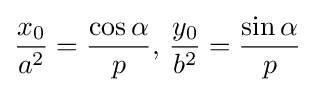
{\frac {x_{0}}{a^{2}}}={\frac {\cos \alpha }{p}},\,{\frac {y_{0}}{b^{2}}}={\frac {\sin \alpha }{p}}